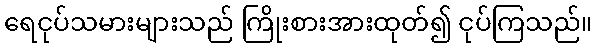
ရေငုပ်သမားများသည် ကြိုးစားအားထုတ်၍ ငုပ်ကြသည်။